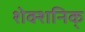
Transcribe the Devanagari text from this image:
शेक्शनिक्